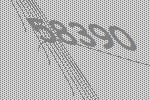
58390